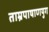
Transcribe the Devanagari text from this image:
ताम्रपाषाणयुग